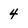
Character: 4